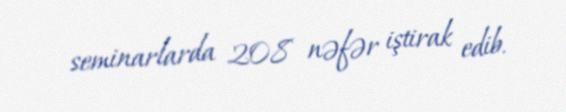
seminarlarda 208 nəfər iştirak edib.